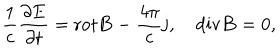
LaTeX: \frac 1 c \frac { \partial { \bf E } } { \partial t } = \mathrm { r o t } { \bf B } - \frac { 4 \pi } { c } { \bf j } , \quad \mathrm { d i v } { \bf B } = 0 ,